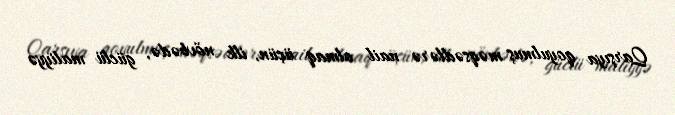
Qarşıya qoyulmuş məqsədlərə nail olmaq üçün, ilk növbədə, güclü maliyyə